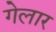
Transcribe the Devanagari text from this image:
गेलार